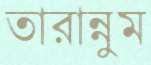
তারান্নুম